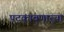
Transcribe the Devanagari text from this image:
पटकावणार्‍या